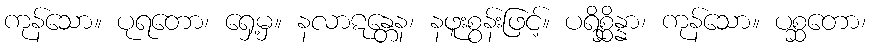
ကုန်သော။ ပုရတော၊ ရှေ့မှ။ နလာဋန္တေန၊ နဖူးစွန်းဖြင့်။ ပရိစ္ဆိန္နာ၊ ကုန်သော။ ပစ္ဆတော၊